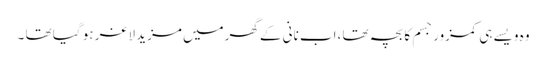
وہ ویسے ہی کمزور جسم کا بچہ تھا ،اب نانی کے گھرمیں مزید لاغر ہو گیا تھا ۔